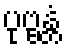
ပုဗ္ဗန္တံ